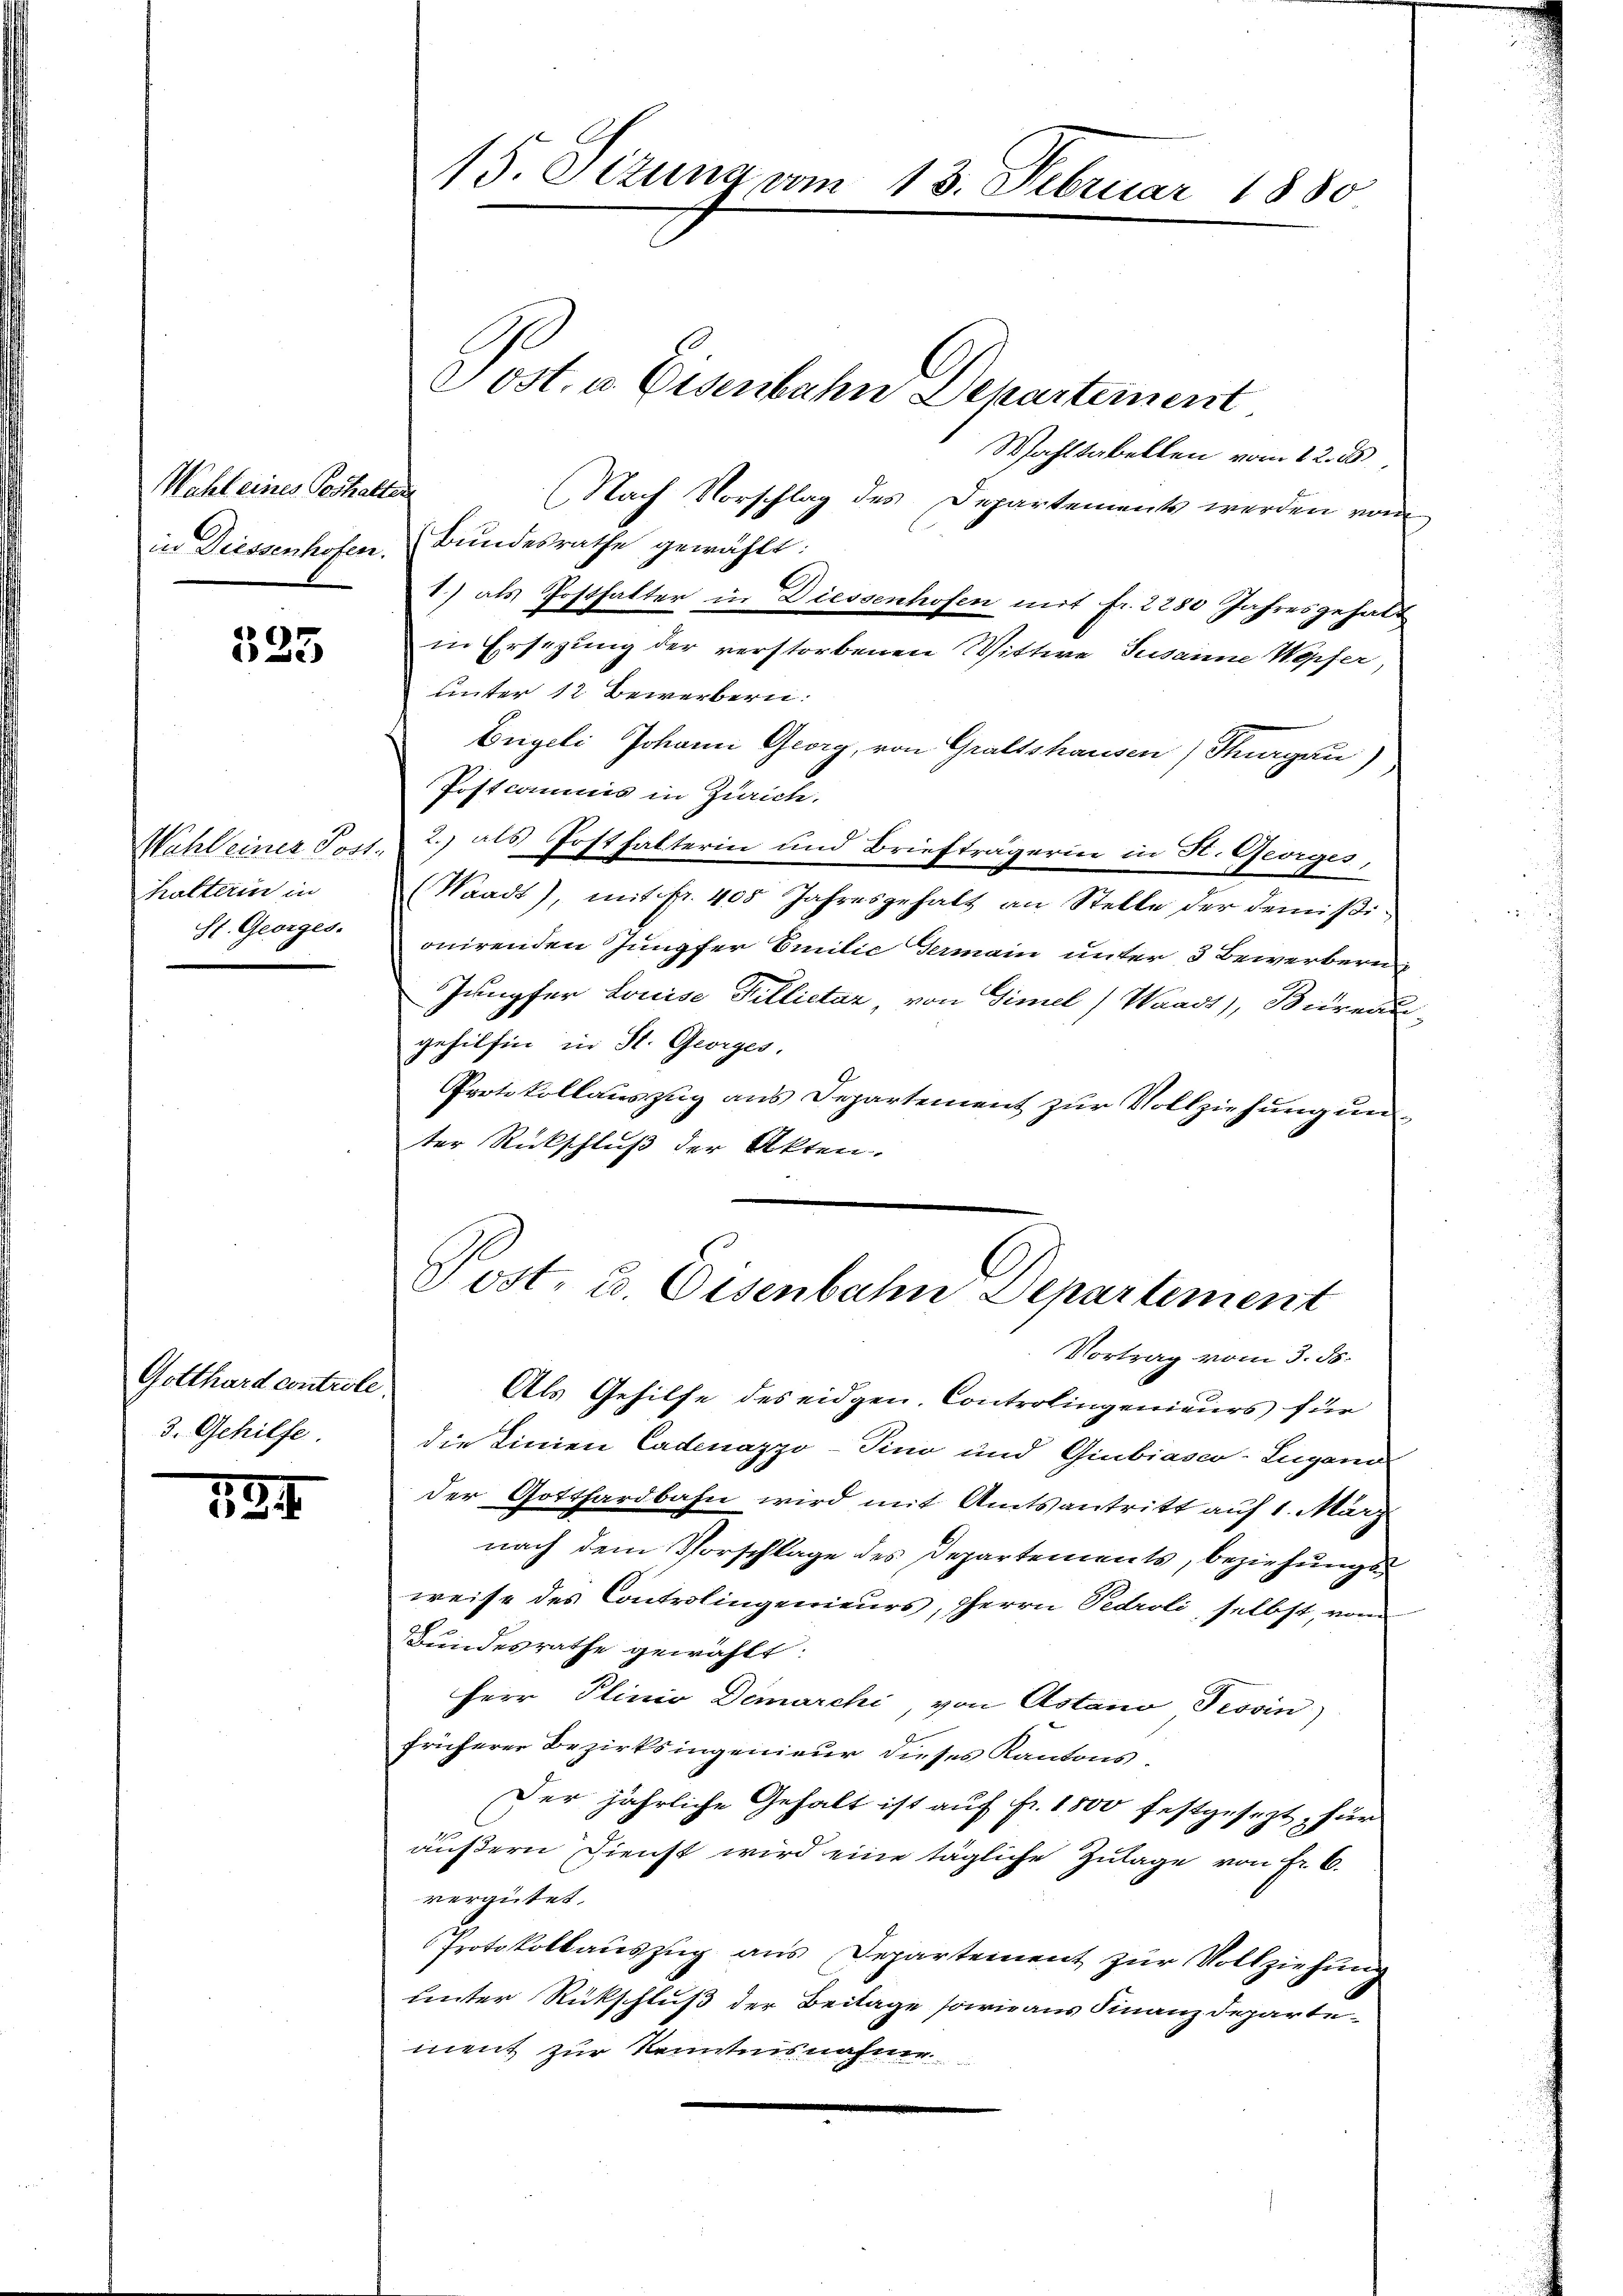
Wahl eines Verhalten
in Diessenhofen.

525

Wahl einer Post.
halterin in
St. Georges.

Gotthard controle
3. Gehilfe.

384

Post. v. Eisenbahn Departement
Wahltabellen vom 12. ds
(Nach Vorschlag des Departements werden von
Bundesrathe gewählt:
1) als Posthalter in Diessenhofen mit fr. 2280 Jahresgehalt
in Ersezung der verstorbenen Wittwe Susanne Wepfer,
unter 12 Bewerbern:
Engeli Johann Georg, von Graftshausen) Thurgau)
Postcommis in Zürich.
2.) als Posthalterin und Briefträgerin in H. Georges,
(Waadt), mit Fr. 405 Jahresgehalt an Stelle der demisionirenden Jungfer Emilie Germain unter 3 Bewerbern
Jungfer Louise Tillictar, von Gimel (Waadt, Büreau-
gehilfen in St. Georges.
Protokollauszug aus Departement zur Vollziehung unter Rückschluß der Akten.

15. Sizung vom 13. Februar 1880

Vost, u. Eisenbahn Departement
Vortrag vom 3. ds.
Als Gehilfe des eidgen. Controlingenieurs für

die Linien Cadenazzo-Tino und Giubiasco-Lugano
der Gotthardbahn wird mit Amtsantritt auf 1. März
nach dem Vorschlage des Departements, beziehungsweise des Controlingenieurs, Herrn Pedroli, selbst, vom
Bundesrathe gewählt:
Herr Plinio Demarchi, von Astano Provin
früherer Bezirksingenieur dieses Kantons.
Der jährliche Gehalt ist auf fr. 1800 festgesezt, für
äußern Dienst wird eine tägliche Zulage von Fr. 6.
vergütet.
Protokollauszug aus Departement zur Vollziehung
unter Rückschluß der Beitage sowie aus Finanzdepartement zur Kenntnisnahme